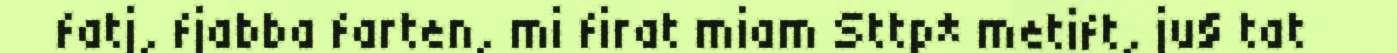
fatj, fjabba farten, mi firat miam Sttp* metift, ju§ tat